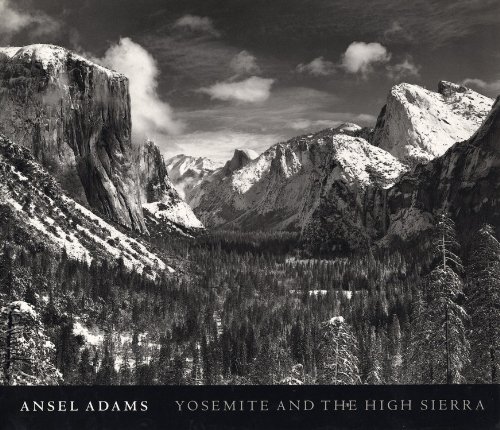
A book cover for Yosemite and the High Sierra; Ansel Adams; Travel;